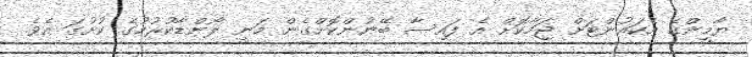
ޔާމީންގެ އެކައުންޓަށް ޖަމާކޮށް އެ ފައިސާ ބޭނުންކޮށްގެން މަނީ ލޯންޑާކުރުމުގެ ކުށުގަ އެވެ.